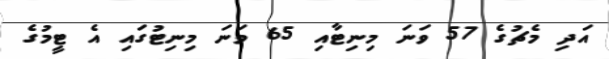
އަދި މެޗުގެ 57 ވަނަ މިނިޓާއި 65 ވަނަ މިނިޓުގައި އެ ޓީމުގެ